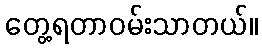
တွေ့ရတာဝမ်းသာတယ်။